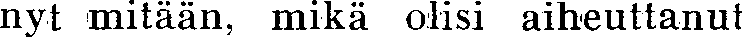
nyt mitään, mikä olisi aiheuttanut